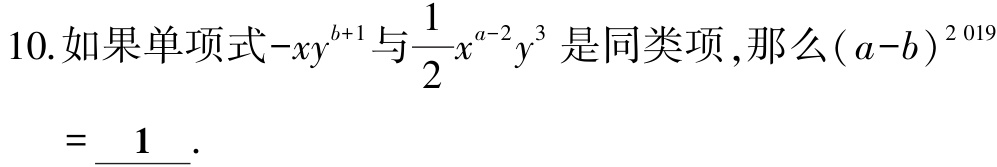
10.如果单项式\(-xy^{b + 1}\)与\(\frac{1}{2}x^{a - 2}y^{3}\)是同类项，那么\((a - b)^{2019}\)
= \(\underline{1}\).